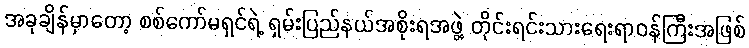
အခုချိန်မှာတော့ စစ်ကော်မရှင်ရဲ့ ရှမ်းပြည်နယ်အစိုးရအဖွဲ့ တိုင်းရင်းသားရေးရာဝန်ကြီးအဖြစ်